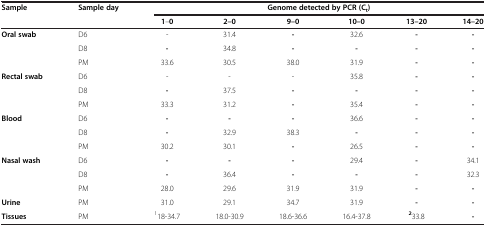
<table><thead><tr><td><b>Sample</b></td><td><b>Sample day</b></td><td colspan="6"><b>Genome detected by PCR (C<sub>t</sub>)</b></td></tr><tr><td><b> </b></td><td><b> </b></td><td><b>1–0</b></td><td><b>2–0</b></td><td><b>9–0</b></td><td><b>10–0</b></td><td><b>13–20</b></td><td><b>14–20</b></td></tr></thead><tbody><tr><td><b>Oral swab</b></td><td>D6</td><td>-</td><td>31.4</td><td><b>-</b></td><td>32.6</td><td><b>-</b></td><td><b>-</b></td></tr><tr><td> </td><td>D8</td><td><b>-</b></td><td>34.8</td><td><b>-</b></td><td><b>-</b></td><td><b>-</b></td><td><b>-</b></td></tr><tr><td> </td><td>PM</td><td>33.6</td><td>30.5</td><td>38.0</td><td>31.9</td><td><b>-</b></td><td><b>-</b></td></tr><tr><td><b>Rectal swab</b></td><td>D6</td><td>-</td><td>-</td><td>-</td><td>35.8</td><td><b>-</b></td><td><b>-</b></td></tr><tr><td> </td><td>D8</td><td><b>-</b></td><td>37.5</td><td><b>-</b></td><td><b>-</b></td><td><b>-</b></td><td><b>-</b></td></tr><tr><td> </td><td>PM</td><td>33.3</td><td>31.2</td><td><b>-</b></td><td>35.4</td><td><b>-</b></td><td><b>-</b></td></tr><tr><td><b>Blood</b></td><td>D6</td><td><b>-</b></td><td><b>-</b></td><td><b>-</b></td><td>36.6</td><td><b>-</b></td><td><b>-</b></td></tr><tr><td> </td><td>D8</td><td><b>-</b></td><td>32.9</td><td>38.3</td><td><b>-</b></td><td><b>-</b></td><td><b>-</b></td></tr><tr><td> </td><td>PM</td><td>30.2</td><td>30.1</td><td><b>-</b></td><td>26.5</td><td><b>-</b></td><td><b>-</b></td></tr><tr><td><b>Nasal wash</b></td><td>D6</td><td><b>-</b></td><td><b>-</b></td><td><b>-</b></td><td>29.4</td><td><b>-</b></td><td>34.1</td></tr><tr><td> </td><td>D8</td><td><b>-</b></td><td>36.4</td><td><b>-</b></td><td><b>-</b></td><td><b>-</b></td><td>32.3</td></tr><tr><td> </td><td>PM</td><td>28.0</td><td>29.6</td><td>31.9</td><td>31.9</td><td><b>-</b></td><td><b>-</b></td></tr><tr><td><b>Urine</b></td><td>PM</td><td>31.0</td><td>29.1</td><td>34.7</td><td>31.9</td><td><b>-</b></td><td><b>-</b></td></tr><tr><td><b>Tissues</b></td><td>PM</td><td><sup>1</sup>18-34.7</td><td>18.0-30.9</td><td>18.6-36.6</td><td>16.4-37.8</td><td><sup><b>2</b></sup>33.8</td><td><b>-</b></td></tr></tbody></table>